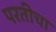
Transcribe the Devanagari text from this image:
परतीचा